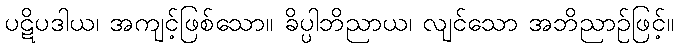
ပဋိပဒါယ၊ အကျင့်ဖြစ်သော။ ခိပ္ပါဘိညာယ၊ လျင်သော အဘိညာဉ်ဖြင့်။